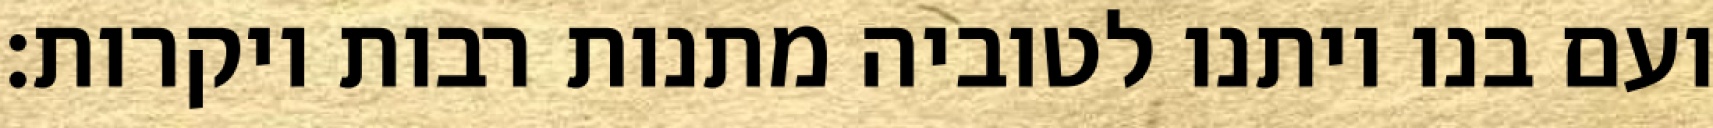
ועם בנו ויתנו לטוביה מתנות רבות ויקרות: